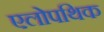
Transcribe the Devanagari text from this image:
एलोपथिक